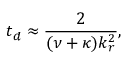
t _ { d } \approx \frac { 2 } { ( \nu + \kappa ) k _ { r } ^ { 2 } } ,